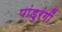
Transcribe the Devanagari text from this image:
पांडुरंगीं